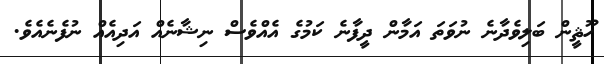
ހޫޘީން ބަލިވެދާނެ ނުވަތަ އަމާން ދީފާނެ ކަމުގެ އެއްވެސް ނިޝާނެއް އަދިއެއް ނުފެނެއެވެ.